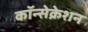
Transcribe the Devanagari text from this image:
कॉन्सेक्रेशन